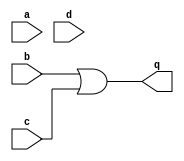
module circuit4 (
    input       a,
    input       b,
    input       c,
    input       d,
    output      q
);

    assign q = b || c;

endmodule